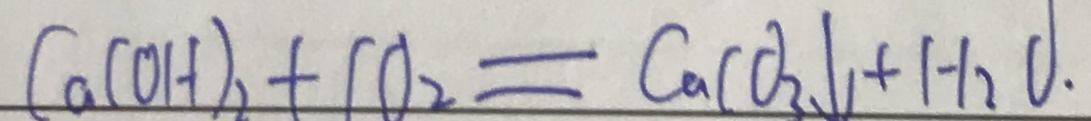
C a ( O H ) _ { 2 } + C O _ { 2 } = C a C O _ { 3 } \downarrow + H _ { 2 } O .